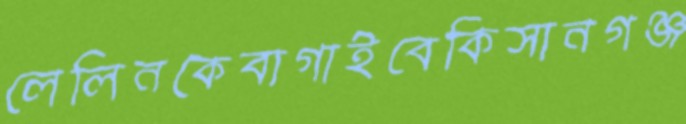
লেলিনকেবাগাইবেকিসানগঞ্জ